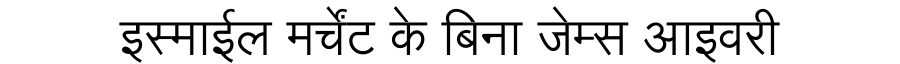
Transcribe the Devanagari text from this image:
इस्माईल मर्चेंट के बिना जेम्स आइवरी